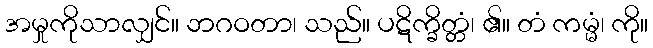
အမှုကိုသာလျှင်။ ဘဂဝတာ၊ သည်။ ပဋိက္ခိတ္တံ၊ ၏။ တံ ကမ္မံ၊ ကို။